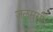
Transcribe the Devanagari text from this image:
जलमुर्गी।